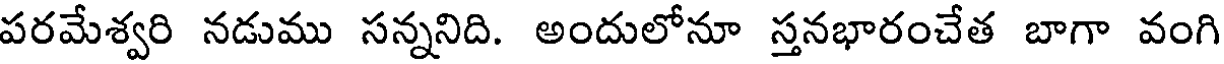
పరమేశ్వరి నడుము సన్ననిది. అందులోనూ స్తనభారంచేత బాగా వంగి